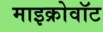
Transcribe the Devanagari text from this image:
माइक्रोवॉट